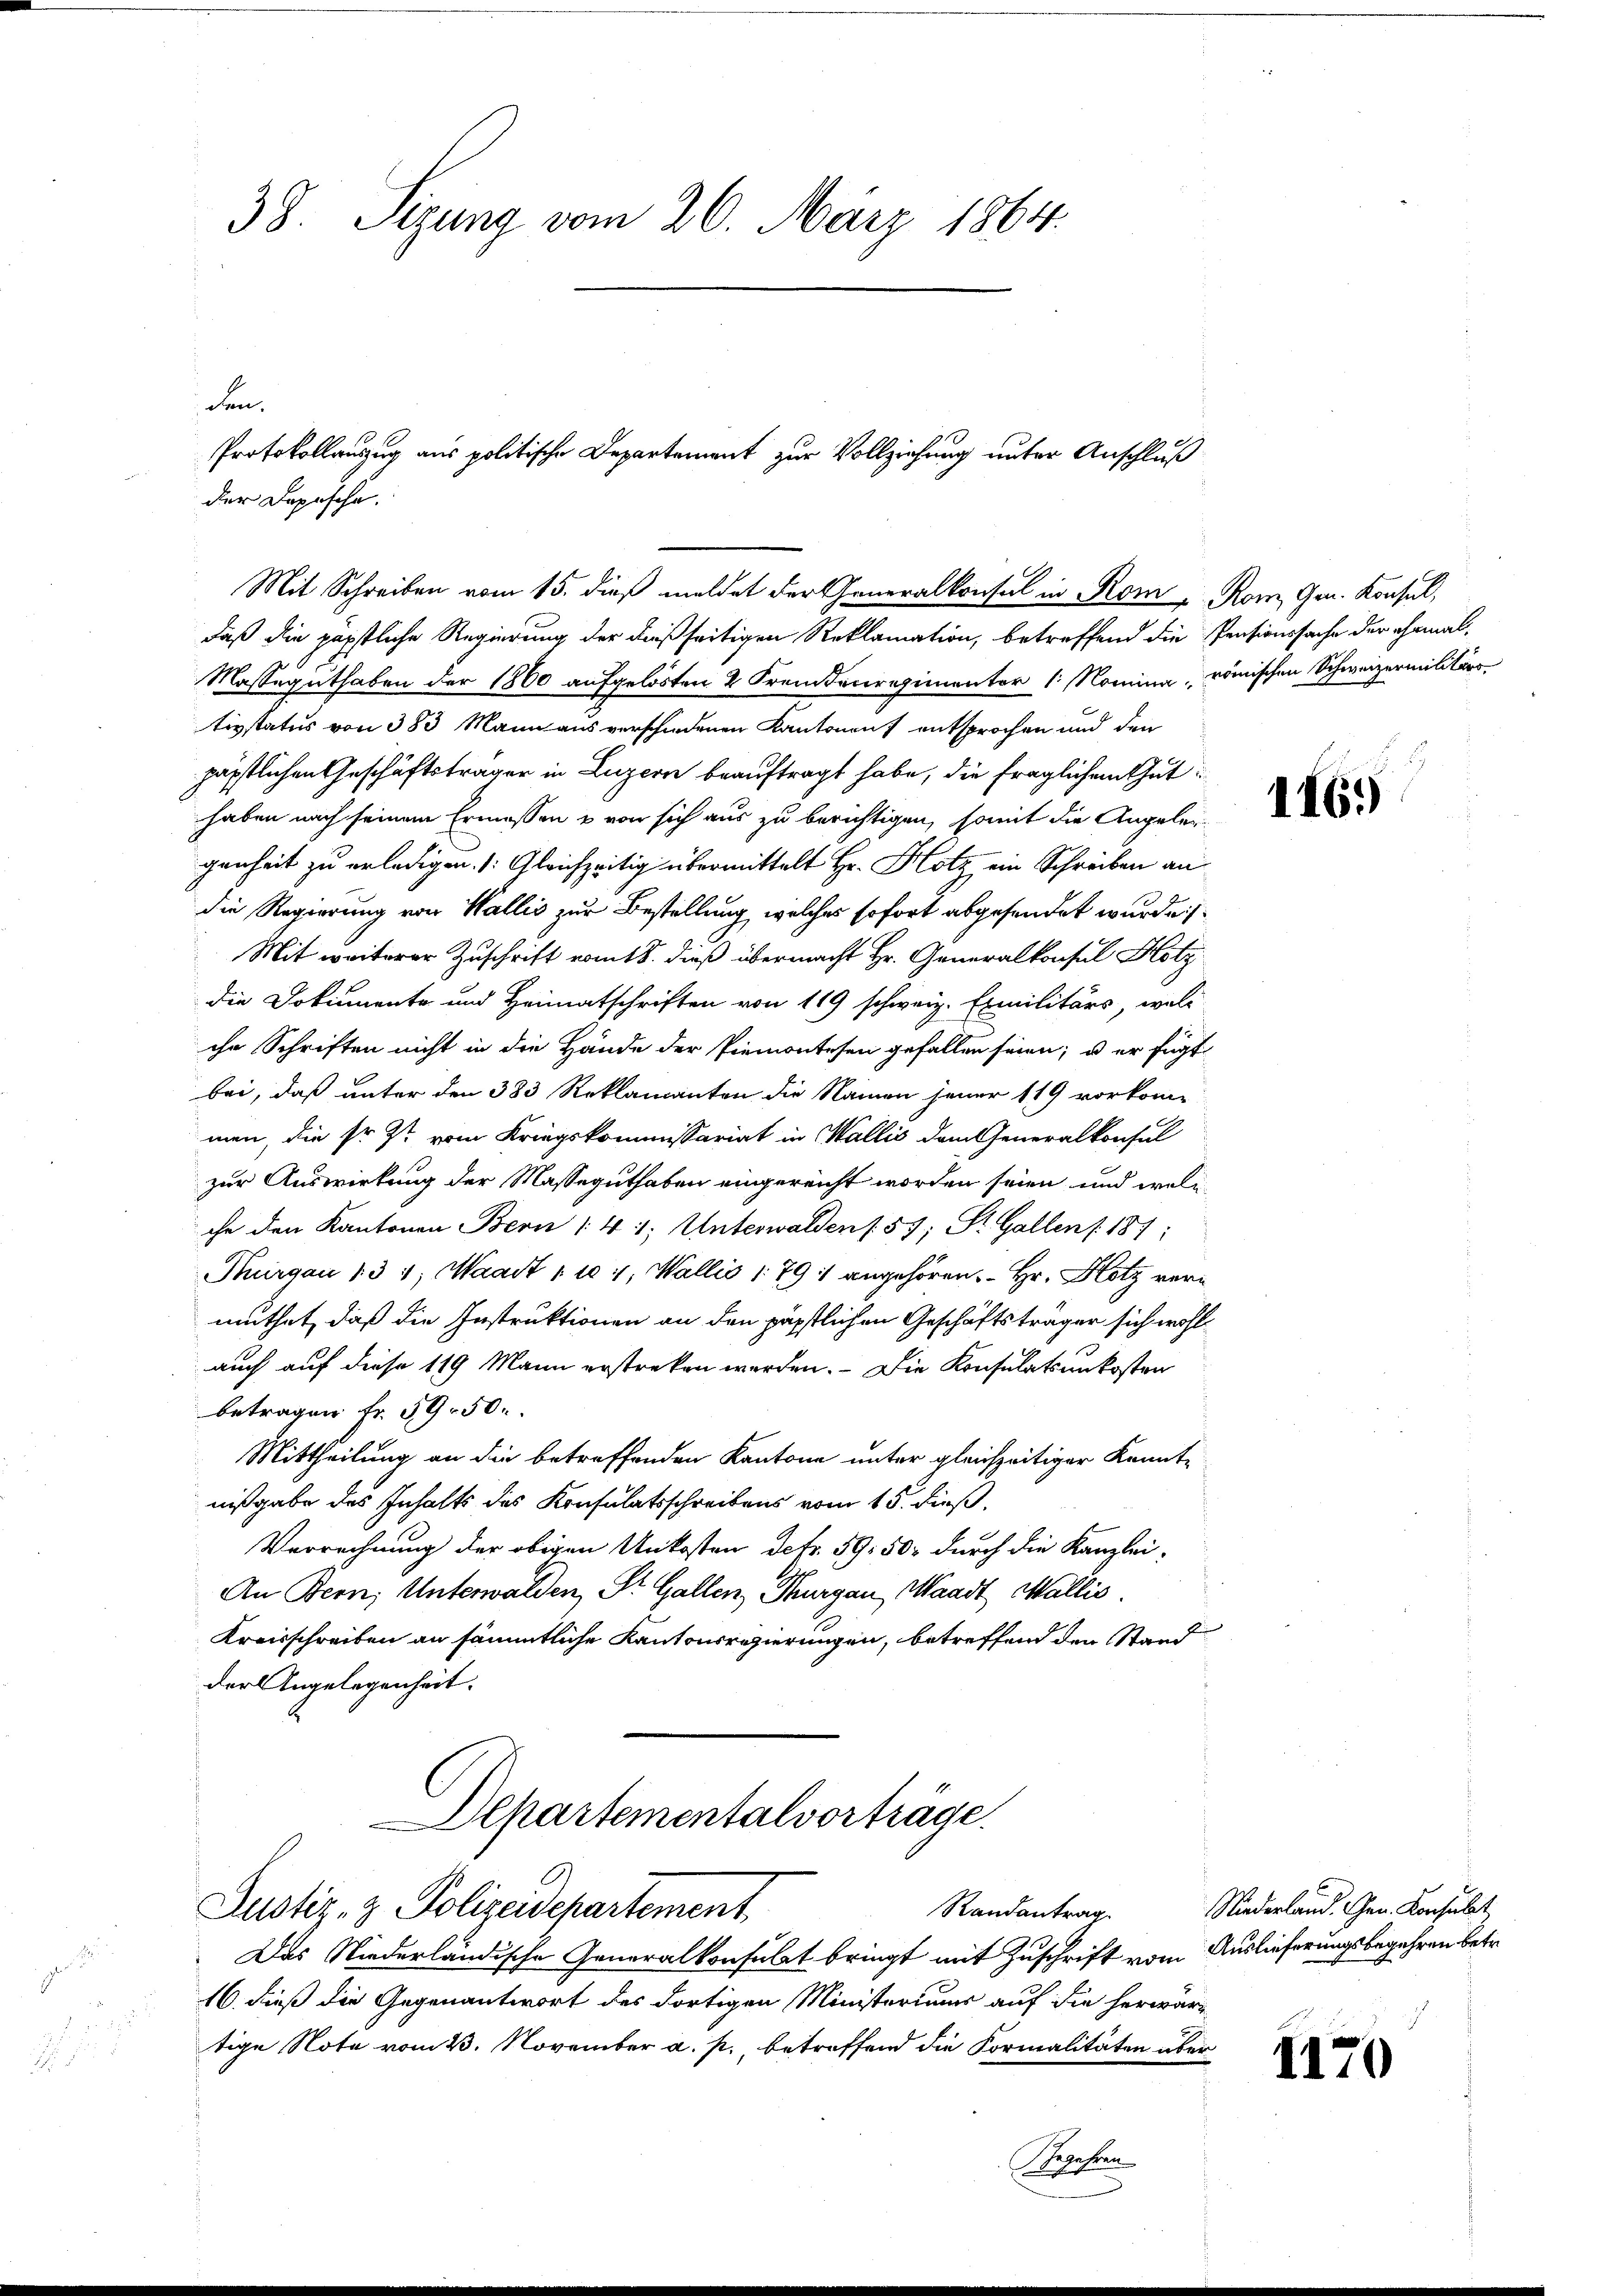
den.
daß die päpstliche Regierung der dießseitigen Reklamation, betreffend die Pensionssache der ehemal,
Masseguthaben der 1860 aufgelösten 2 Fremdenregimenter 1. Nomina, römischen Schweizermilitär
tizstatus von 383 Mann aus verschiedenen Kantonen) entsprochen und den
päpstlichen Geschäftsträger in Luzern beauftragt habe, die fraglichen Guthaben nach seinem Ermessen & von sich aus zu berichtigen, somit die Angeler-
genheit zu erledigen. Gleichzeitig übermittelt Hr. Hotz ein Schreiben an
die Regierung von Wallis zur Bestellung, welches sofort abgesendet wurde s
Mit weiterer Zuschrift vom 18. dieß übermacht Hr. Generalkonsul Hotz
die Dokumente und Heimatschriften von 119 schweiz. Exmilitärs, welc
che Schriften nicht in die Hände der Piemontesen gefallen seien; u. er fügt
bei, daß unter den 383 Reklamanten die Namen jener 119 vorkom-
men, die sr. Zt. vom Kriegskommissariat in Wallis dem Generalkonsul
zur Auswirkung der Masseguthaben eingereicht worden seien, und welc
che den Kantonen Bern 14 1: Unterwalden /: 59; St. Gallen (187;
Thurgau 131, Waadt 1 104, Wallis 179 : angehören. Hr. Hotz vermuthet, daß die Instruktionen an den päpstlichen Geschäftsträger sich wohl
auch auf diese 119 Mann erstreken werden. - Die Konsulatsunkosten
betragen Fr. 59. 50.
Mittheilung an die betreffenden Kantone unter gleichzeitiger Kennte
nißgabe des Inhalts des Konsulatsschreibens vom 15. dieß,
Verrechnung der obigen Unkosten Defr. 59. 50, durch die Kanzlei-
An Bern, Unterwalden, St. Gallen, Thurgau, Waadt, Wallis.
Kreisschreiben an sämmtliche Kantonsregierungen, betreffend der Stand
der Angelegenheit.
Departementalvorträge.
Justiz- & Polizeidepartement
Das Niederländische Generalkonsulat bringt mit Zuschrift vom Auslieferungsbegehren betr.
16. dieß die Gegenantwort des dortigen Ministeriums auf die herwärtige Note vom 23. November a. p., betreffend die Formalitäten über
2
Bechen

38. Sigung vom 26. März 1864.

Protokollanzug aus politische Departement zur Vollziehung unter Anschluß

der Dopische.

Mit Schreiben vom 15. dieß meldet der Generalkonsul in Rom, Rom Gen. Konsul,

116.)

Randantrag. Niederland. Chrn. Konsulat

1170